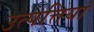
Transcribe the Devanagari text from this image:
उत्पत्तियां